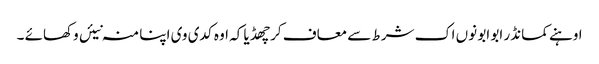
اوہنے کمانڈر ابو ابو نوں اک شرط سے معاف کر چھڈیا کہ اوہ کدی وی اپنا منہ نیئں وکھائے ۔